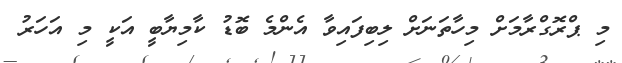
މި ޕްރޮގްރާމަށް މިހާތަނަށް ލިބިފައިވާ އެންމެ ބޮޑު ކާމިޔާބީ އަކީ މި އަހަރު